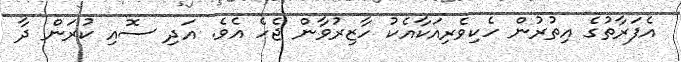
އެފަރާތުގެ އިތުރުން ހެކިވެރިއަކާއެކު ހާޒިރުވާން ޖެހެ އެވެ. އަދި ސޮއި ކުރަން ދާ